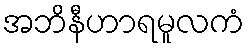
အဘိနီဟာရမူလကံ